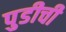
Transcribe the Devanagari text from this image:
पुडीची